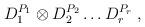
LaTeX: \begin{align*}D_{1}^{P_{1}}\otimes D_{2}^{P_{2}}\ldots D_{r}^{P_{r}} \; ,\end{align*}